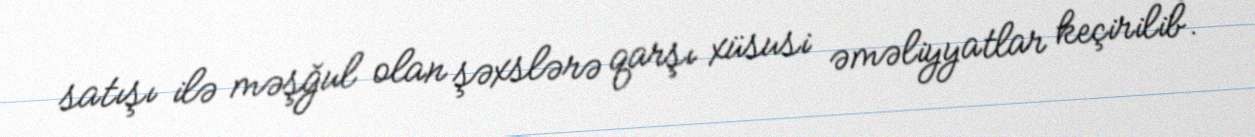
satışı ilə məşğul olan şəxslərə qarşı xüsusi əməliyyatlar keçirilib.